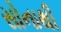
સોનાથી